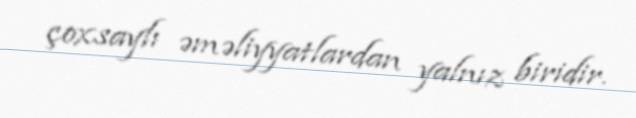
çoxsaylı əməliyyatlardan yalnız biridir.